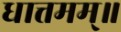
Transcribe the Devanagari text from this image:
धात्तमम्‌॥